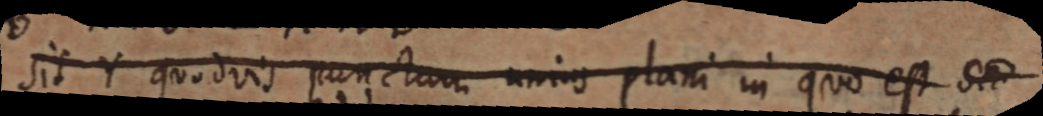
sit Y quodvis punctum unius plani in quo est SA